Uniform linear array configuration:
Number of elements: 12
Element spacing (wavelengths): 0.5
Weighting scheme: binomial
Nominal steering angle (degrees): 0
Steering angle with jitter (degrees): -0.2081
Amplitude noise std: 0.05
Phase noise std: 0.05

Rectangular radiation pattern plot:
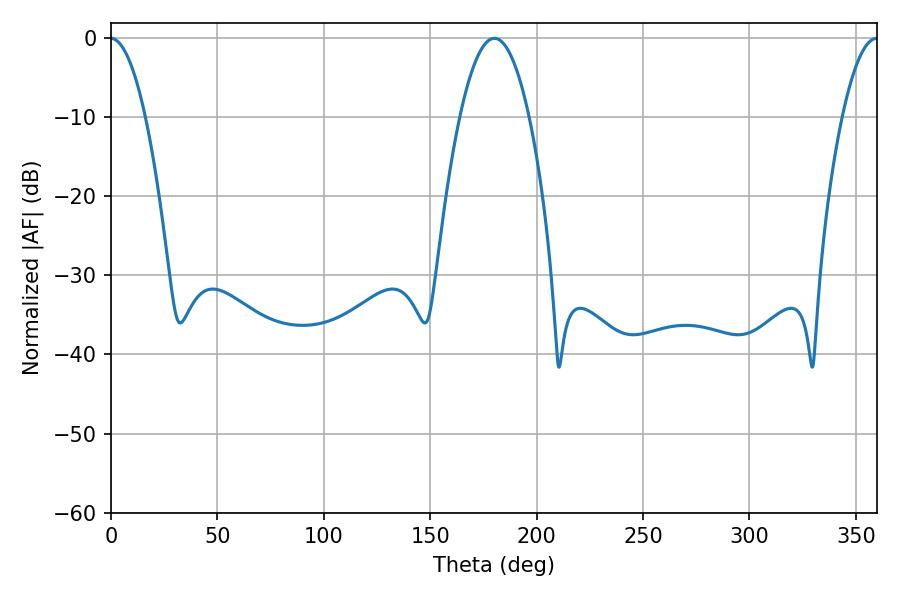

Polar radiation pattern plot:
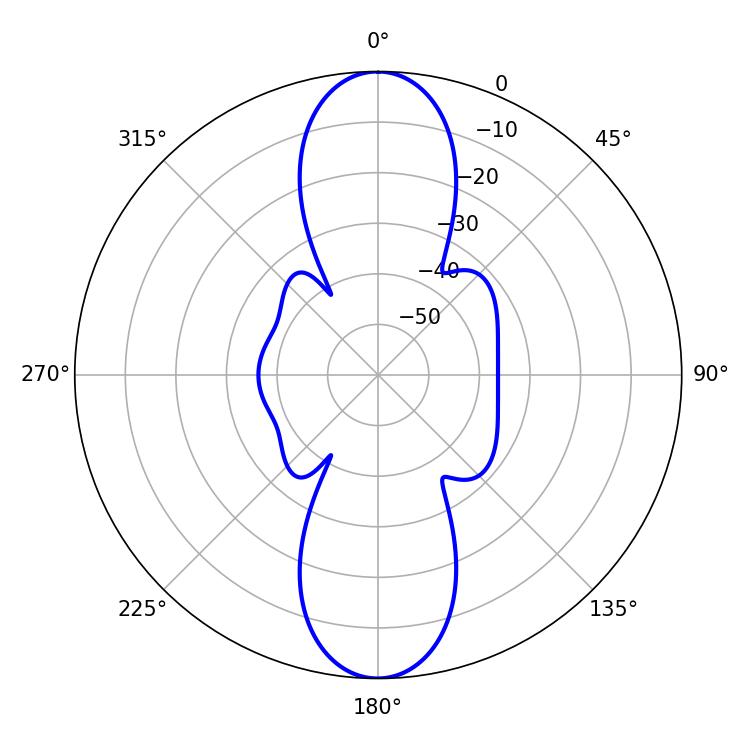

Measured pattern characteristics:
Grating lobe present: FALSE
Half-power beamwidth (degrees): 18
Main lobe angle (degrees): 180.18